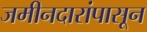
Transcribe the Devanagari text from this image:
जमीनदारांपासून